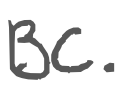
Text: BC.
Cross-out: clean
Writing tool: digital_gray